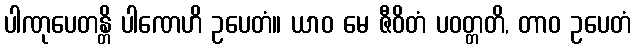
ပါဏုပေတန္တိ ပါဏေဟိ ဥပေတံ။ ယာဝ မေ ဇီဝိတံ ပဝတ္တတိ, တာဝ ဥပေတံ